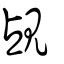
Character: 覘